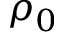
\rho _ { 0 }